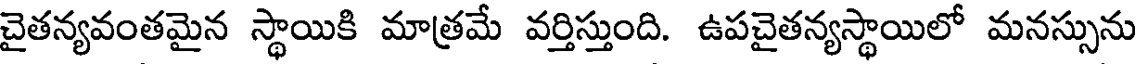
చైతన్యవంతమైన స్థాయికి మాత్రమే వర్తిస్తుంది. ఉపచైతన్యస్థాయిలో మనస్సును